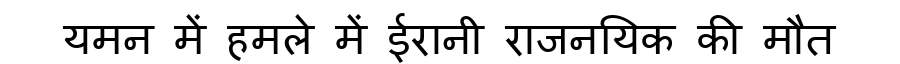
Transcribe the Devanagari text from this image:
यमन में हमले में ईरानी राजनयिक की मौत